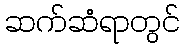
ဆက်ဆံရာတွင်